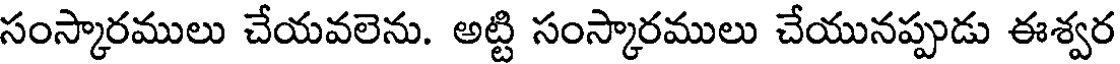
సంస్కారములు చేయవలెను. అట్టి సంస్కారములు చేయునప్పుడు ఈశ్వర